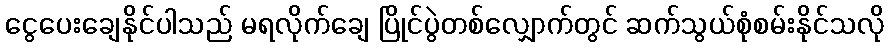
ငွေပေးချေနိုင်ပါသည် မရလိုက်ချေ ပြိုင်ပွဲတစ်လျှောက်တွင် ဆက်သွယ်စုံစမ်းနိုင်သလို